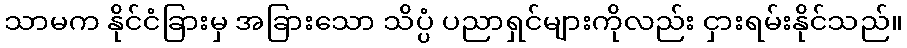
သာမက နိုင်ငံခြားမှ အခြားသော သိပ္ပံ ပညာရှင်များကိုလည်း ငှားရမ်းနိုင်သည်။